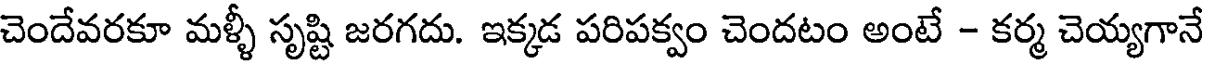
చెందేవరకూ మళ్ళీ సృష్టి జరగదు. ఇక్కడ పరిపక్వం చెందటం అంటే - కర్మ చెయ్యగానే